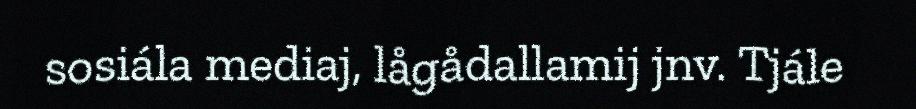
sosiála mediaj, lågådallamij jnv. Tjále